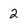
Character: 2